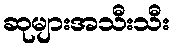
ဆုများအသီးသီး